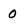
Character: 0